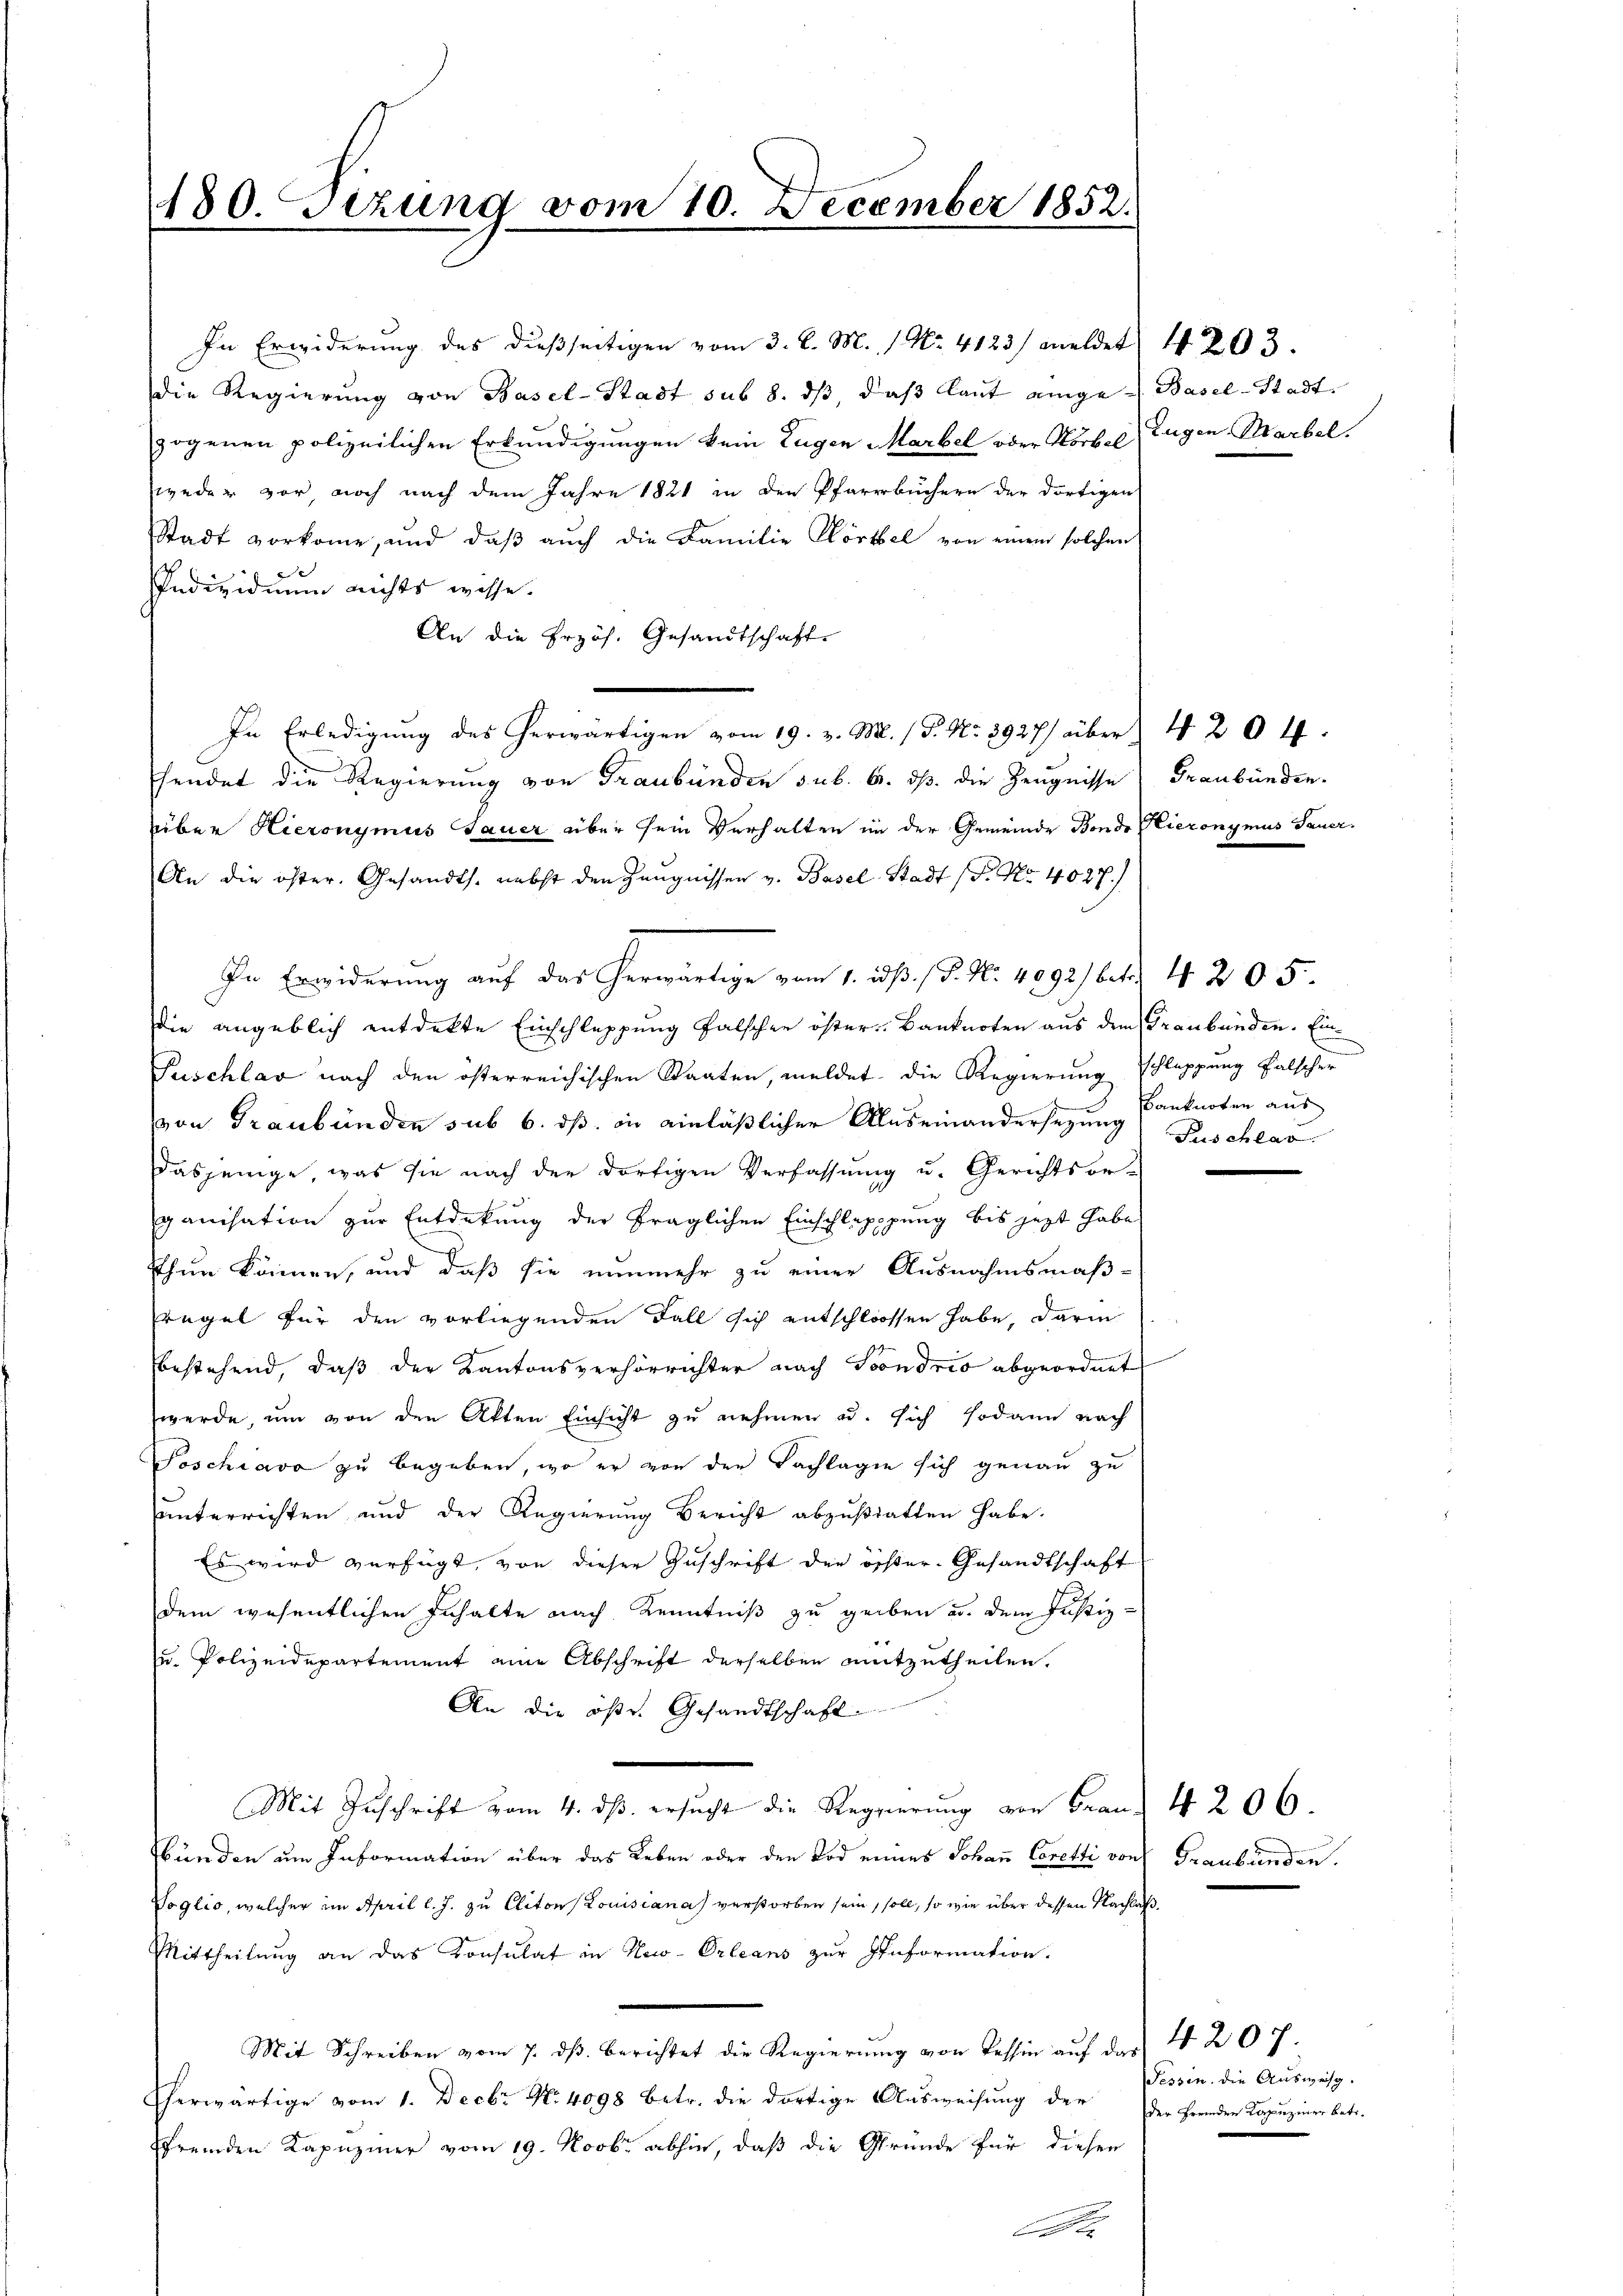
180. sezung vom 10. December 1852.
4

die Regierŭng von Basel-Stadt sub 8. dβ daβ laut einige Basel-Stadt
zogenen polizeilichen Erkundigungen kein Eugen Marbel oder Körbel Eugen Marbel.
weder vor, noch nach dem Jahre 1821 in den Pfarrbüchern der dortigen
Stadt vorkomme, und daβ aŭch die Familie Körbel von einem solchen
e
Individuum nichts wisse.
An die Erzös. Gesandtschaft.
fendet die Regierung von Graubünden sub. 6. ds. die Zeugnisse) Graubünden.
über Hieronymus Sauer über sein Verhalten in der Gemeinde Bonde Hieronymus Sauer.
An die öster. Gesandts. nebst den Zeugnissen v. Basel-Stadt (S. Nr. 4027.)
In Erwiderung auf das herwärtige vom 1. ds. / P. Nr. 4092/ betr. 4. 205.
die angeblich entdekte Einschleppung falschen öster Banknoten aus dem Graubünden. Ein¬
Puschlav nach den österreichischen Staaten, meldet die Regierung schleppung falscher
von Graubünden sub 6. ds. in einläßlicher Auseinandersezung anknoten aus
dasjenige, was sie nach der dortigen Verfassung u. Gerichtsor-
ganisation zur Entdekung der fraglichen Einschlepppung bis jetzt habe
thun können, und daß sie nunmehr zu einer Ausnahmsmaß-
regel für den vorliegenden Fall sich entschlossen habe, darin
bestehend, daß der Kantonsverhörrichter nach Soondrio abgeordnet
werde, um von den Akten Einsicht zu nehmen u. sich sodann nach
Soschiavo zu begeben, wo er von den Fachlagen sich genau zu
uunterrichten und der Regierung Bericht abzustatten habe.
Es wird verfügt, von dieser Zuschrift der öchter Gesandtschaft
dem wesentlichen Inhalte nach Kenntniß zu geben u. dem Justiz-
u. Polizeidepartement eine Abschrift derselben mitzutheilen.
An die öfe. Gesandtschaft
Mit Zuschrift vom 4. ds. ersucht die Regierung von Frau. 4 206.
bünden um Information über das Leben oder den Tod eines Johan Ceretti von Graubünden.
Voglio, welcher im April l. J. zu Elitons Louisiana verstorben sein, soll, so wie über dessen Nachlaß
Mittheilung an das Konsulat in New-Orleans zur Information.
Mit Schreiben vom 7. ds. berichtet die Regierung von Tessin auf des 4 207.
herwärtige vom 1. Decbr No. 4098 betr. die dortige Ausweisung der
ffremden Kapuziner vom 19. Novbr. abhin, daß die Gründe für diesen
A

In Erwiderung des dießseitigen vom 3. d. M. 1. No. 4123) meldet 4 203.

In Erledigŭng des herwärtigen vom 19. v. M. (T. No. 3927/ über 4 204.

Fuschlas

Tessin. Die Ausweis.
der fremden Kapuziner betr.